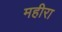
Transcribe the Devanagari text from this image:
महीरा